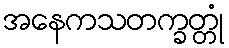
အနေကသတက္ခတ္တုံ